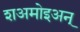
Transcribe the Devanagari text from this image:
शअमोइअन्